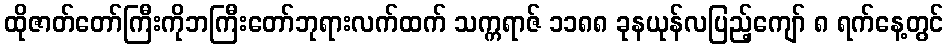
ထိုဇာတ်တော်ကြီးကိုဘကြီးတော်ဘုရားလက်ထက် သက္ကရာဇ် ၁၁၈၈ ခုနယုန်လပြည့်ကျော် ၈ ရက်နေ့တွင်